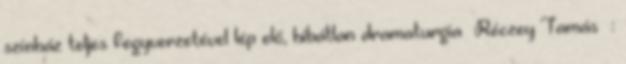
színház teljes fegyverzetével lép elő, hibátlan dramaturgia Réczey Tamás :